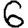
Digit: 6